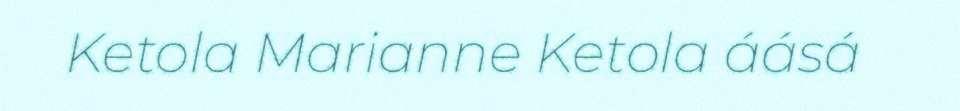
Ketola Marianne Ketola áásá